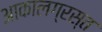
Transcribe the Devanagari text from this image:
आकालग्रस्त